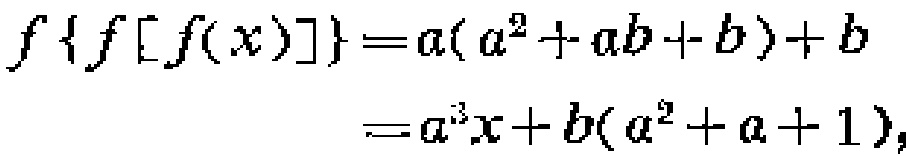
\[
\begin{align*}
f\{f[f(x)]\}&=a(a^{2}+ab + b)+b\\
&=a^{3}x + b(a^{2}+a + 1),
\end{align*}
\]